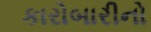
કારોબારીનો